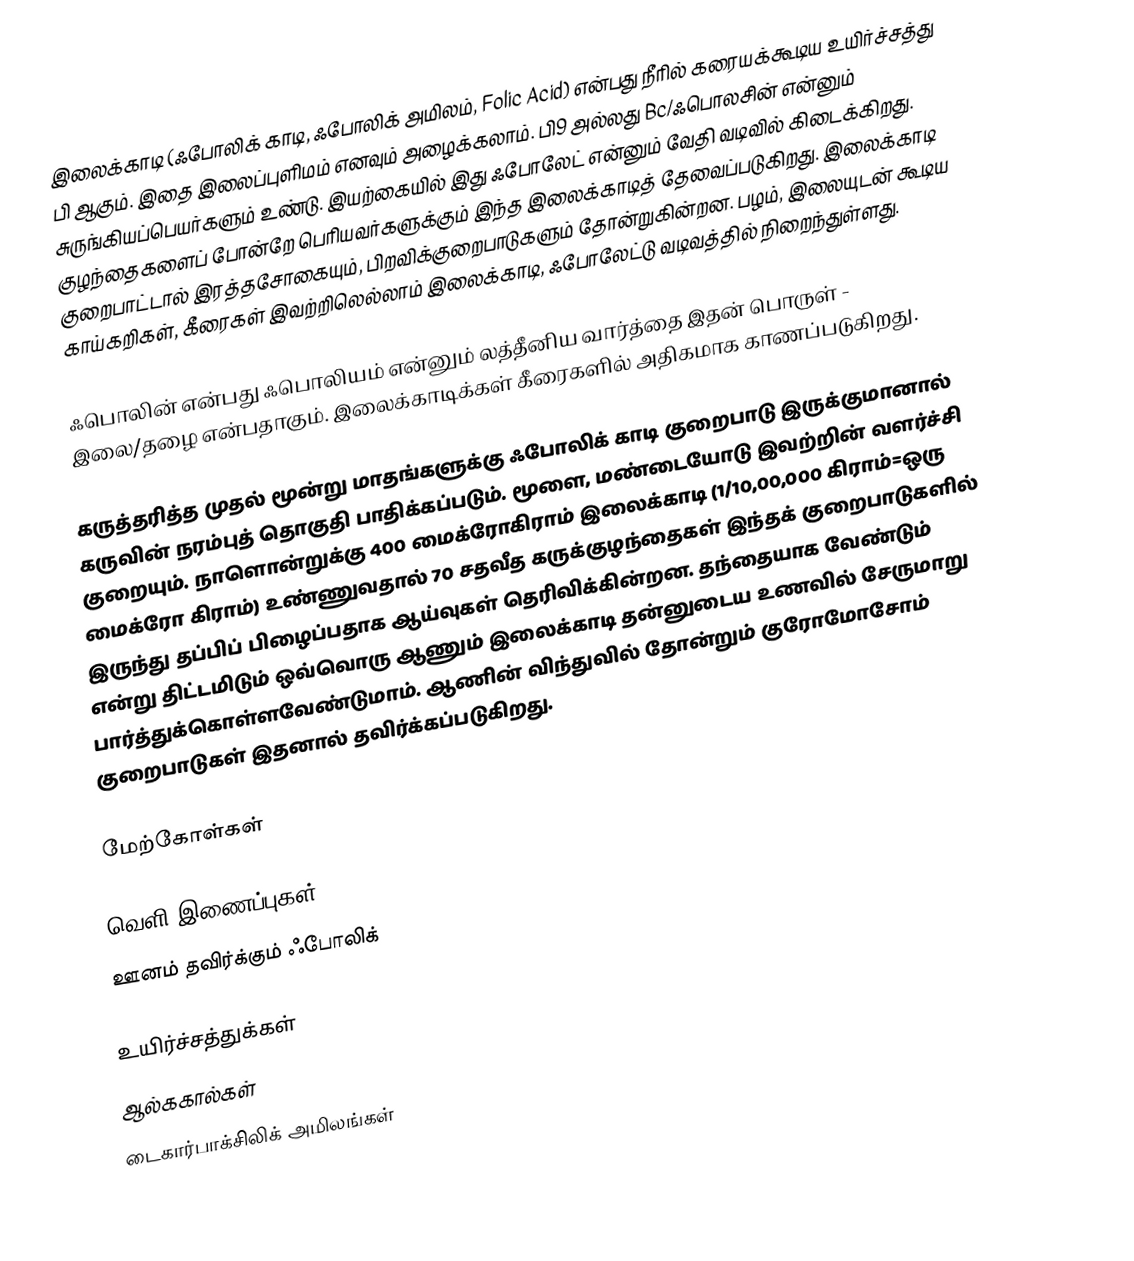
இலைக்காடி (ஃபோலிக் காடி, ஃபோலிக் அமிலம், Folic Acid) என்பது நீரில் கரையக்கூடிய உயிர்ச்சத்து பி ஆகும். இதை இலைப்புளிமம் எனவும் அழைக்கலாம். பி9 அல்லது Bc/ஃபொலசின் என்னும் சுருங்கியப்பெயர்களும் உண்டு. இயற்கையில் இது ஃபோலேட் என்னும் வேதி வடிவில் கிடைக்கிறது. குழந்தைகளைப் போன்றே பெரியவர்களுக்கும்  இந்த இலைக்காடித் தேவைப்படுகிறது. இலைக்காடி குறைபாட்டால் இரத்தசோகையும், பிறவிக்குறைபாடுகளும் தோன்றுகின்றன. பழம், இலையுடன் கூடிய காய்கறிகள், கீரைகள் இவற்றிலெல்லாம் இலைக்காடி, ஃபோலேட்டு வடிவத்தில் நிறைந்துள்ளது.

ஃபொலின் என்பது ஃபொலியம் என்னும் லத்தீனிய வார்த்தை இதன் பொருள் - இலை/தழை என்பதாகும். இலைக்காடிக்கள் கீரைகளில் அதிகமாக காணப்படுகிறது.

கருத்தரித்த முதல் மூன்று மாதங்களுக்கு ஃபோலிக் காடி குறைபாடு இருக்குமானால் கருவின் நரம்புத் தொகுதி பாதிக்கப்படும். மூளை, மண்டையோடு இவற்றின் வளர்ச்சி குறையும். நாளொன்றுக்கு 400 மைக்ரோகிராம் இலைக்காடி (1/10,00,000 கிராம்=ஒரு மைக்ரோ கிராம்) உண்ணுவதால் 70 சதவீத கருக்குழந்தைகள் இந்தக் குறைபாடுகளில் இருந்து தப்பிப் பிழைப்பதாக ஆய்வுகள் தெரிவிக்கின்றன. தந்தையாக வேண்டும் என்று திட்டமிடும் ஒவ்வொரு ஆணும் இலைக்காடி தன்னுடைய உணவில் சேருமாறு பார்த்துக்கொள்ளவேண்டுமாம். ஆணின் விந்துவில் தோன்றும் குரோமோசோம் குறைபாடுகள் இதனால் தவிர்க்கப்படுகிறது.

மேற்கோள்கள்

வெளி இணைப்புகள்
 ஊனம் தவிர்க்கும் ஃபோலிக்

உயிர்ச்சத்துக்கள்
ஆல்ககால்கள்
டைகார்பாக்சிலிக் அமிலங்கள்